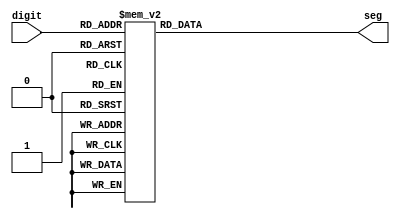
module dsp7_decoder (digit, seg);
input [3:0] digit;
output[6:0] seg;
reg   [6:0] seg;

always @ (digit)
case (digit)
    4'h0: seg = 7'b1000000;  //gfedcba
    4'h1: seg = 7'b1111001;
    4'h2: seg = 7'b0100100;
    4'h3: seg = 7'b0110000;
    4'h4: seg = 7'b0011001;
    4'h5: seg = 7'b0010010;
    4'h6: seg = 7'b0000010;
    4'h7: seg = 7'b1111000;
    4'h8: seg = 7'b0000000;
    4'h9: seg = 7'b0011000;
    
	default
	 seg = 7'b1000000;
endcase

endmodule